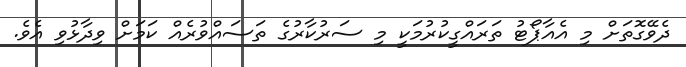
ދެވޭގޮތަށް މި އެއާޕޯޓު ތަރައްގީކުރުމަކީ މި ސަރުކާރުގެ ތަސައްވުރެއް ކަމަށް ވިދާޅުވި އެވެ.